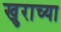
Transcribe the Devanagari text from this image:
खुराच्या